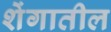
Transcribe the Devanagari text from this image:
शेंगातील